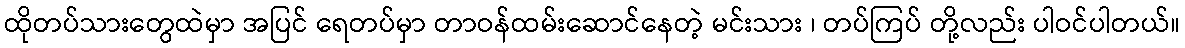
ထိုတပ်သားတွေထဲမှာ အပြင် ရေတပ်မှာ တာဝန်ထမ်းဆောင်နေတဲ့ မင်းသား ၊ တပ်ကြပ် တို့လည်း ပါဝင်ပါတယ်။